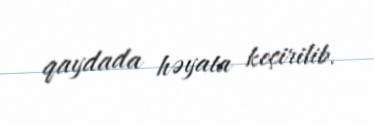
qaydada həyata keçirilib.